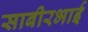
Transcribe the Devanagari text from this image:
साबीरभाई